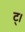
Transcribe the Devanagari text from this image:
ट्।